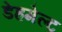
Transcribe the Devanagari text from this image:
डेहमेल्ट